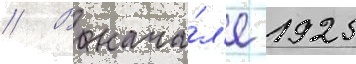
// В нача́л'е 1925